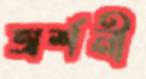
অর্শনী